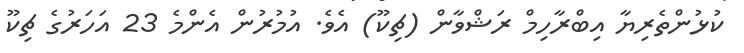
ކުޅުންތެރިޔާ އިބްރާހިމް ރަޝްވާން (ޗިކޫ) އެވެ. އުމުރުން އެންމެ 23 އަހަރުގެ ޗިކޫ